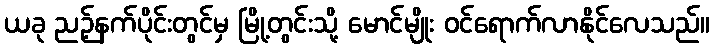
ယခု ညဉ့်နက်ပိုင်းတွင်မှ မြို့တွင်းသို့ မောင်မျိုး ဝင်ရောက်လာနိုင်လေသည်။